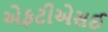
એફટીએસઈ